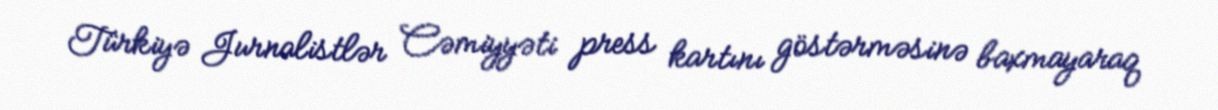
Türkiyə Jurnalistlər Cəmiyyəti press kartını göstərməsinə baxmayaraq